Sketch of the medical history of the native army of Bombay, for the year
Year: 1876
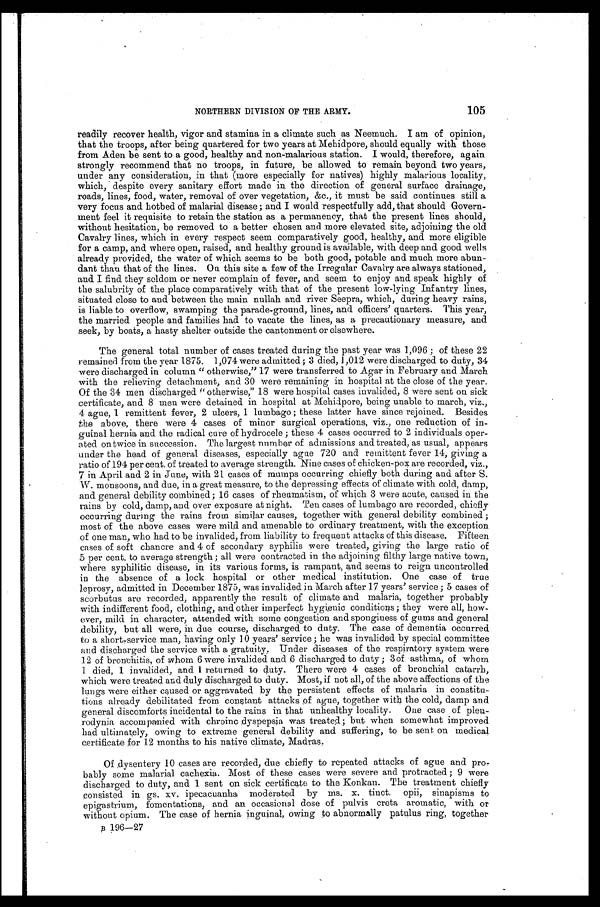
105
NORTHERN DIVISION OF THE ARMY.
readily recover health, vigor and stamina in a climate such as Neemuch. I am of opinion,
that the troops, after being quartered for two years at Mehidpore, should equally with those
from Aden be sent to a good, healthy and non-malarious station. I would, therefore, again
strongly recommend that no troops, in future, be allowed to remain beyond two years,
under any consideration, in that (more especially for natives) highly malarious locality,
which, despite every sanitary effort made in the direction of general surface drainage,
roads, lines, food, water, removal of over vegetation, &c., it must be said continues still a
very focus and hotbed of malarial disease; and I would respectfully add, that should Govern
-ment feel it requisite to retain the station as a permanency, that the present lines should,
without hesitation, be removed to a better chosen and more elevated site, adjoining the old
Cavalry lines, which in every respect seem comparatively good, healthy, and more eligible
for a camp, and where open, raised, and healthy ground is available, with deep and good wells
already provided, the water of which seems to be both good, potable and much more abun-
dant than that of the lines. On this site a few of the Irregular Cavalry are always stationed,
and I find they seldom or never complain of fever, and seem to enjoy and speak highly of
the salubrity of the place comparatively with that of the present low-lying Infantry lines,
situated close to and between the main nullah and river Seepra, which, during heavy rains,
is liable to overflow, swamping the parade-ground, lines, and officers' quarters. This year,
the married people and families had to vacate the lines, as a precautionary measure, and
seek, by boats, a hasty shelter outside the cantonment or elsewhere.
The general total number of cases treated during the past year was 1,096; of these 22
remained from the year 1875. 1,074 were admitted; 3 died, 1,012 were discharged to duty, 34
were discharged in column "otherwise,” 17 were transferred to Agar in February and March
with the relieving detachment, and 30 were remaining in hospital at the close of the year.
Of the 34 men discharged "otherwise," 18 were hospital cases invalided, 8 were sent on sick
certificate, and 8 men were detained in hospital at Mehidpore, being unable to march, viz.,
4 ague, 1 remittent fever, 2 ulcers, 1 lumbago; these latter have since rejoined. Besides
the above, there were 4 cases of minor surgical operations, viz., one reduction of in
-guinal hernia and the radical cure of hydrocele; these 4 cases occurred to 2 individuals oper-
ated on twice in succession. The largest number
of admissions and treated, as usual, appears
under the head of general diseases, especially ague 720 and remittent fever 14, giving a
ratio of 194 per cent of treated to average strength. Nine cases of chicken-pox are recorded, viz.,
7 in April and 2 in June, with 21 cases of mumps occurring chiefly both during and after S.
W. monsoons, and due, in a great measure, to the depressing effects of climate with cold, damp,
and general debility combined; 16 cases of rheumatism, of which 3 were acute, caused in the
rains by cold, damp, and over exposure at night. Ten cases of lumbago are recorded, chiefly
occurring during the rains from similar causes, together with general debility combined;
most of the above cases were mild and amenable to ordinary treatment, with the exception
of one man, who had to be invalided, from liability to frequent attacks of this disease. Fifteen
cases of soft chancre and 4 of secondary syphilis were treated, giving the large ratio of
5 per cent to average strength; all were contracted in the adjoining filthy large native town,
where syphilitic disease, in its various forms, is rampant, and seems to reign uncontrolled
in the absence of a lock hospital or other medical institution. One case of true
leprosy, admitted in December 1875, was invalided in March after 17 years' service; 5 cases of
scorbutus are recorded, apparently the result of climate and malaria, together probably
with indifferent food, clothing, and other imperfect hygienic conditions; they were all, how
-ever, mild in character, attended with some congestion and sponginess of gums and general
debility, but all were, in due course, discharged to duty. The case of dementia occurred
to a short-service man, having only 10 years' service; he was invalided by special committee
and discharged the service with a gratuity. Under diseases of the respiratory system were
12 of bronchitis, of whom 6 were invalided and 6 discharged to duty; 3 of asthma, of whom
1 died, 1 invalided, and 1 returned to duty. There were 4 cases of bronchial catarrh,
which were treated and duly discharged to duty. Most, if not all, of the above affections of the
lungs were either caused or aggravated by the persistent effects of malaria in constitu-
tions already debilitated from constant attacks of ague, together with the cold, damp and
general discomforts incidental to the rains in that unhealthy locality. One case of pleu
-rodynia accompanied with chroinc dyspepsia was treated; but when somewhat improved
had ultimately, owing to extreme general debility and suffering, to be sent on medical
certificate for 12 months to his native climate, Madras.
Of dysentery 10 cases are recorded, due chiefly to repeated attacks of ague and pro
-bably some malarial cachexia. Most of these cases were severe and protracted; 9 were
discharged to duty, and 1 sent on sick certificate to the Konkan. The treatment chiefly
consisted in gs. xv . ipecacuanha moderated by ms. x. tinct. opii, sinapisms to
epigastrium, fomentations, and an occasional dose of pulvis creta aromatic, with or
without opium. The case of h e r n i a i n g u i n a l , o w i n g t o a b n o r m a l l y p a t u l u s r i n g , t o g e t h e r
B 1 9 6 — 2 7